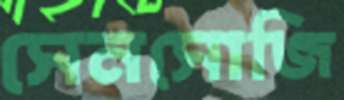
সেনসোজি